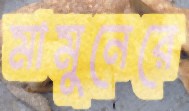
মামুনেরে